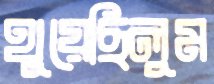
থুয়েছিলুম